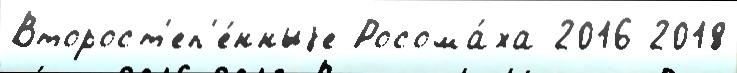
Второст'еп'е́нныjе Росома́ха 2016 2018